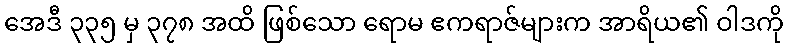
အေဒီ ၃၃၅ မှ ၃၇၈ အထိ ဖြစ်သော ရောမ ဧကရာဇ်များက အာရိယ၏ ဝါဒကို